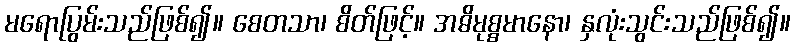
မရောပြွမ်းသည်ဖြစ်၍။ စေတသာ၊ စိတ်ဖြင့်။ အဓိမုစ္စမာနော၊ နှလုံးသွင်းသည်ဖြစ်၍။